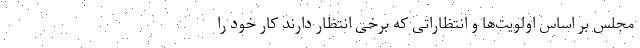
مجلس بر اساس اولویت‌ها و انتظاراتی که برخی انتظار دارند کار خود را